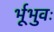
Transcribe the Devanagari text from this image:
र्भूभुवः